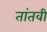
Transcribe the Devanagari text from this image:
तांतवी